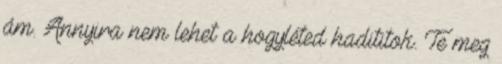
ám. Annyira nem lehet a hogyléted hadititok. Te meg